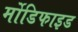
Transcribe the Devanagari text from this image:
र्मोडिफाइड